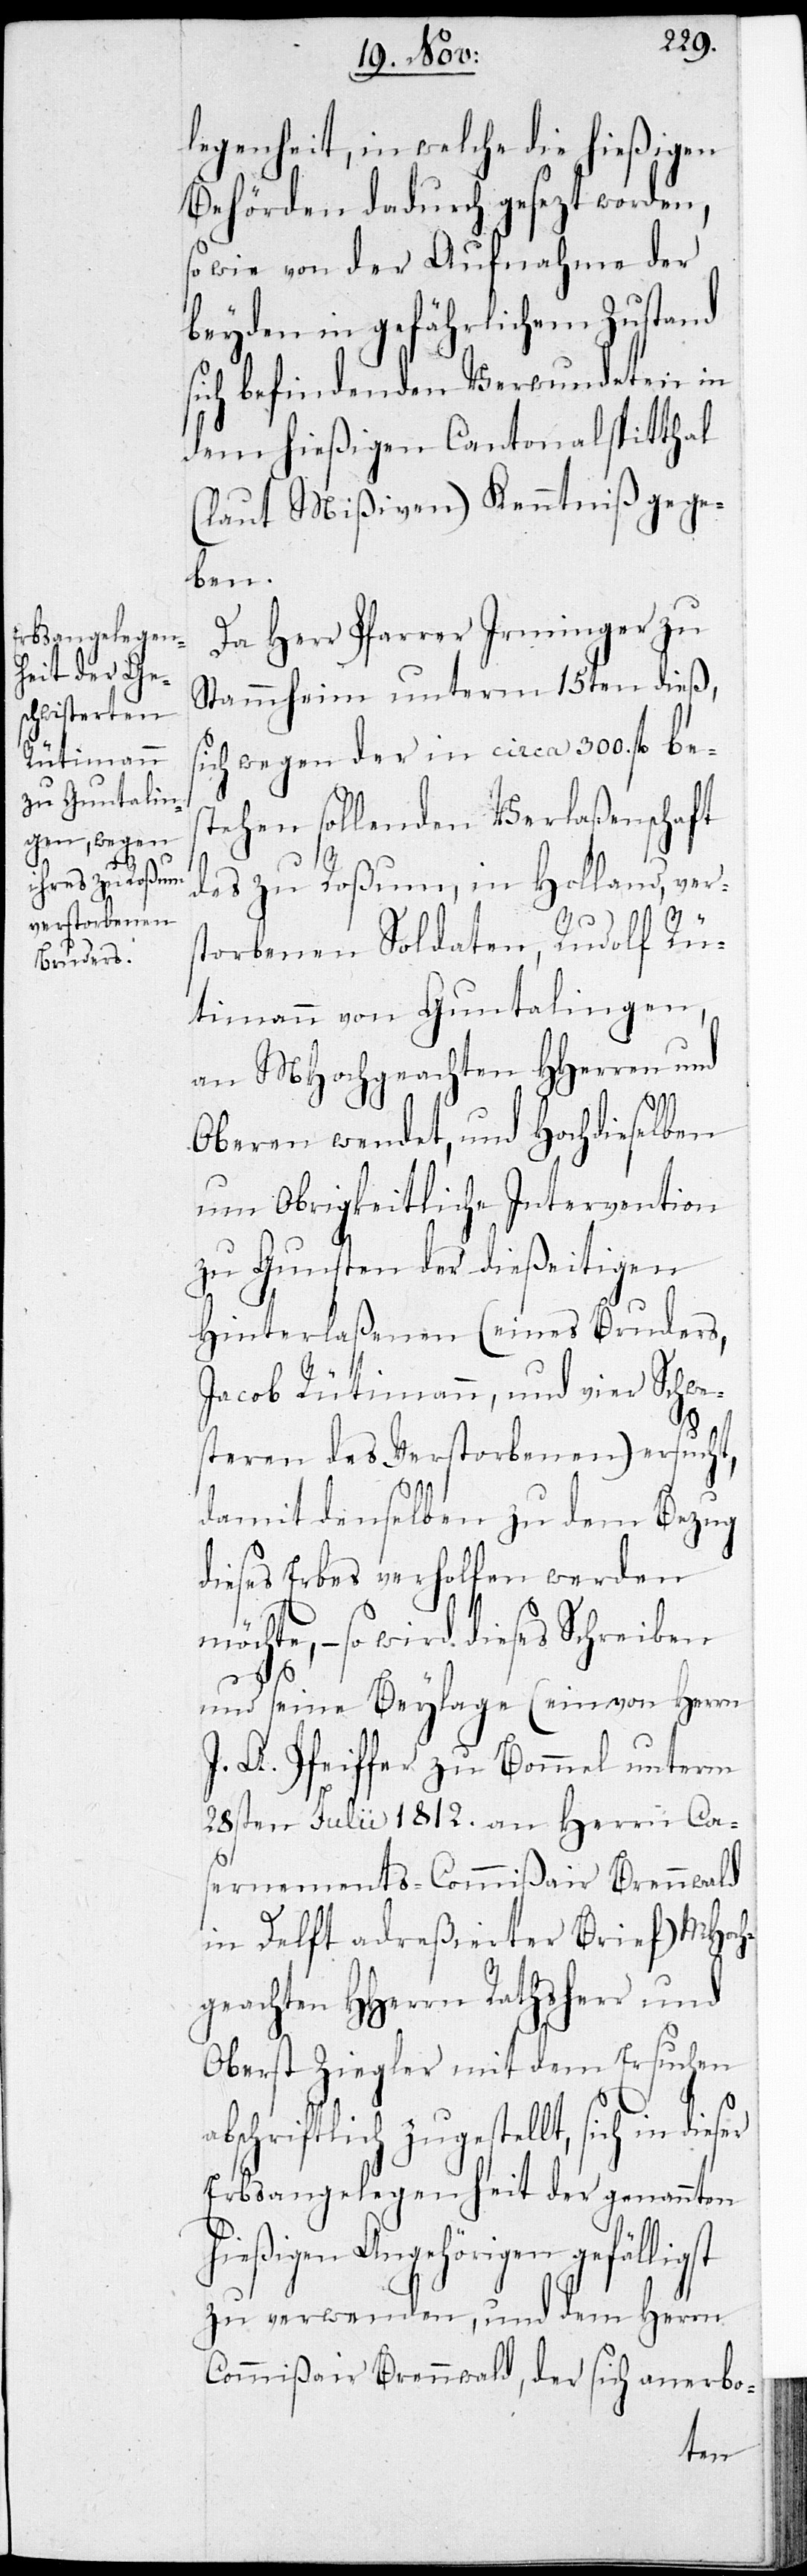
legenheit, in welcher die hießigen
Behörden dadurch gesezt worden,
so wie von der Aufnahme der
beyden in gefährlichem Zustand
sich befindenden Verwundeten in
dem hießigen Cantonalspitthal
(laut Mißiven) Kenntniß gege¬
ben.
Da Herr Pfarrer Irminger zu
Stammheim unterm 15ten dieß,
sich wegen der in circa 300. fl. be¬
stehen sollenden Verlassenschaft
des zu Rossum, in Holland, vers¬
torbenen Soldaten, Rudolf Rü¬
timann von Guntalingen,
an MHochgeachten HHerren und
Oberen wendet, und Hochdieselben
um Obrigkeitliche Intervention
zu Gunsten der dießeitigen
Hinterlaßenen (eines Bruders,
Jacob Rütimann, und vier Schwe¬
steren des Verstorbenen) ersucht,
damit denselben zu dem Bezug
dieses Erbes verholfen werden
möchte, – so wird dieses Schreiben
und seine Beylage (ein von Herrn
J. A. Pfeiffer zu Bommel unterm
28sten Julii 1812. an Herrn Cas¬
st
ernenamts-Commißair Brennwald
in Delft adreßierter Brief) MHoch¬
geachten HHerren Ratsherr und
Oberst Ziegler mit dem Ersuchen
abschriftlich zugestellt, sich in
Erbsangelegenheit der genannten
hießigen Angehörigen gefällig¬
zu verwenden, und dem Herrn
Commißair Brennwald, der sich anerbo-